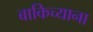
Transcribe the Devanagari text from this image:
बाकिच्याना